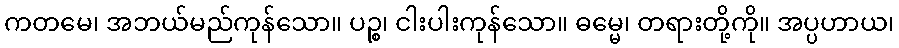
ကတမေ၊ အဘယ်မည်ကုန်သော။ ပဉ္စ၊ ငါးပါးကုန်သော။ ဓမ္မေ၊ တရားတို့ကို။ အပ္ပဟာယ၊